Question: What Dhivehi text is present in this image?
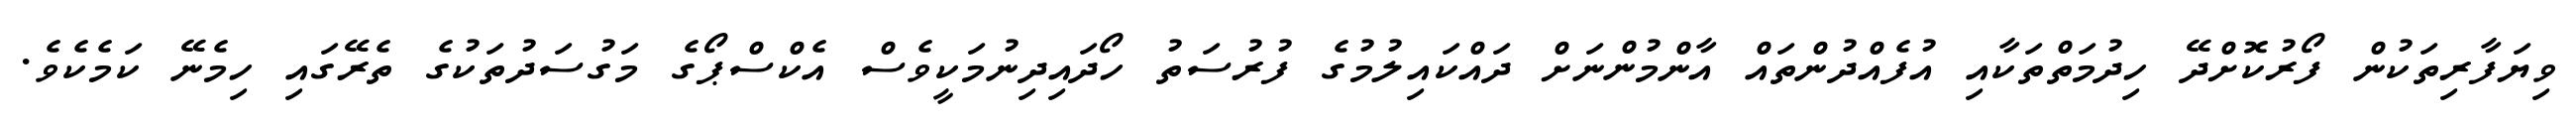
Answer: ވިޔަފާރިތަކުން ފޯރުކޮށްދޭ ހިދުމަތްތަކާއި އުފެއްދުންތައް އާންމުންނަށް ދައްކައިލުމުގެ ފުރުސަތު ހޯދައިދިނުމަކީވެސް އެކްސްޕޯގެ މަގުސަދުތަކުގެ ތެރޭގައި ހިމެނޭ ކަމެކެވެ.